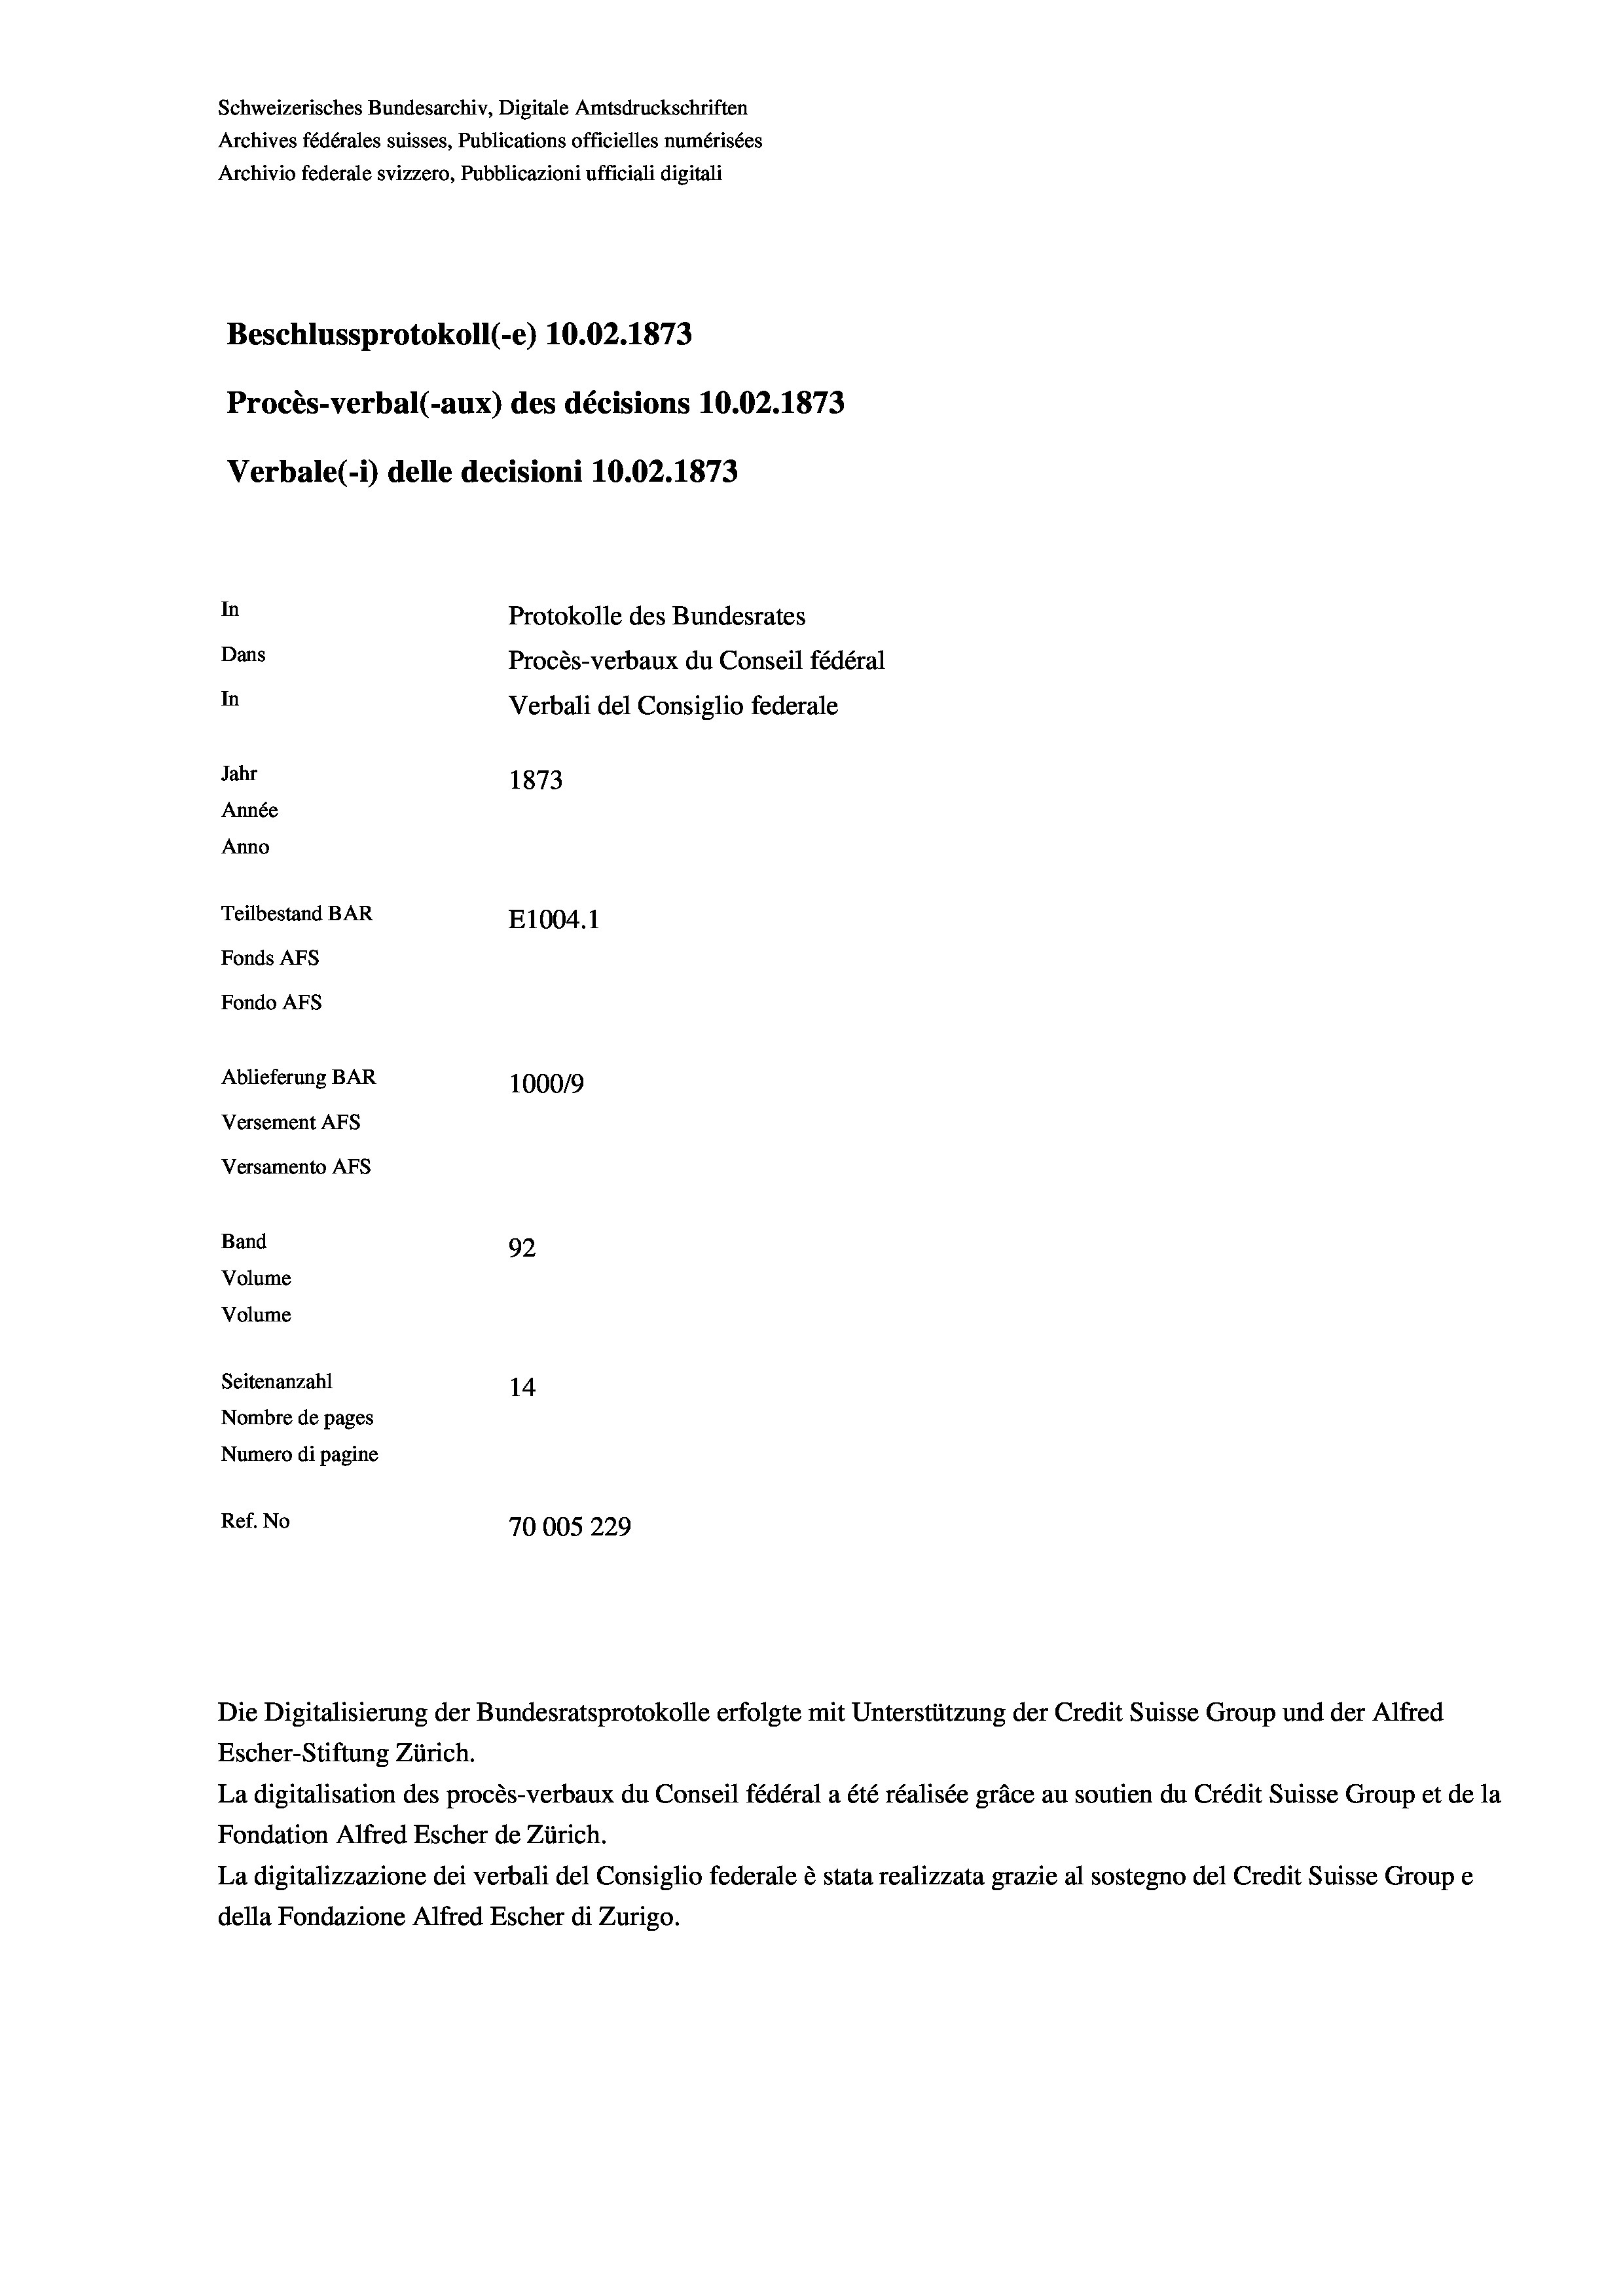
Schweizerisches Bundesarchiv, Digitale Amtsdruckschriften
Archives fédérales suisses, Publications officielles numérisées
Archivio federale svizzero, Pubblicazioni ufficiali digitali
Beschlussprotokoll (-e) 10.02. 1873
Procès-verbal (-aux) des décisions 10.02. 1873
Verbale(-*) delle decisioni 10.02. 1873
In
Protokolle des Bundesrates
Dans
Procès-verbaux du Conseil fédéral
In
Verbali del Consiglio federale
Jahr
1873
Année
Anno
Teilbestand BAR
E1004. 1
Fonds Afs
Fondo AFs
Ablieferung BAR
1000/9
Versement Abs
Versamento Afs
Band
92
Volume
Volume

Seitenanzahl
14
Nombre de pages
Numero di pagine
Ref. No
70005 229

La digitalisation des procès-verbaux du Conseil fédéral a été réalisée gräce au soutien du Crédit Suisse Group et de la
Fondation Alfred Escher de Zürich.
La digitalizzazione dei verbali del Consiglio federale è stata realizzata grazie al sostegno del Credit Suisse Groupe
della Fondazione Alfred Escher di Zurigo.

Escher-Stiftung Zürich.

Die Digitalisierung der Bundesratsprotokolle erfolgte mit Unterstützung der Credit Suisse Group und der Alfred